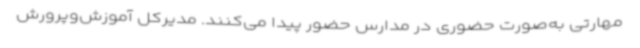
مهارتی به‌صورت حضوری در مدارس حضور پیدا می‌کنند. مدیرکل آموزش‌وپرورش